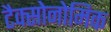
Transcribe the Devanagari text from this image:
टैक्सोनोमिक